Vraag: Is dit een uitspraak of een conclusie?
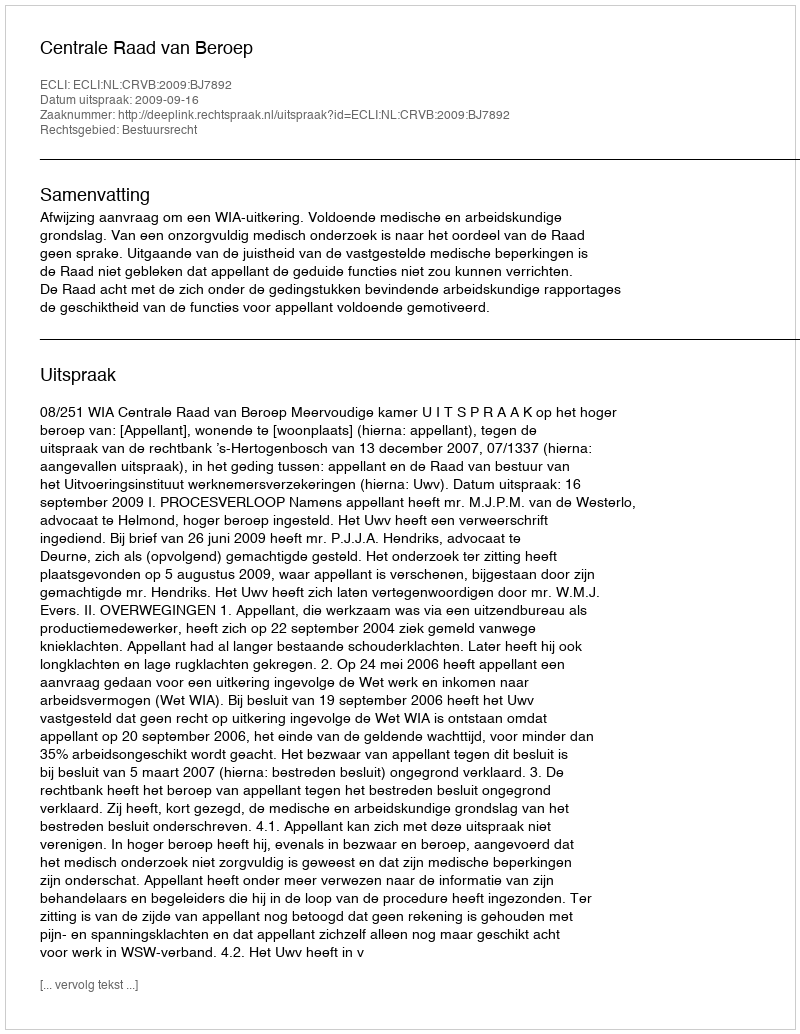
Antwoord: Uitspraak